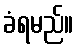
ခံရမည်။